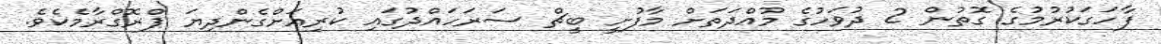
ފާހަގަކުރުމުގެ ގޮތުން 2 ދުވަހުގެ މުއްދަތަށް މާފުށީ ބީޗް ސަރަހައްދުގައި ކުރިއަށްގެންދިޔަ ޕްރޮގްރާމެކެވެ.